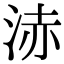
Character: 浾